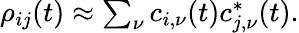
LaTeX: \begin{array}{r}{\rho_{ij}(t)\approx\sum_{\nu}c_{i,\nu}(t)c_{j,\nu}^{\ast}(t).}\end{array}